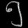
Digit: ၅